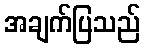
အချက်ပြသည်